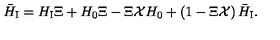
{ \bar { H } } _ { \mathrm { \scriptsize I } } = H _ { \mathrm { \scriptsize I } } \Xi + H _ { 0 } { \Xi } - \Xi { \cal X } H _ { 0 } + \left( 1 - \Xi { \cal X } \right) { \bar { H } } _ { \mathrm { \scriptsize I } } .